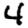
Digit: 4